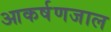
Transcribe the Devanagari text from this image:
आकर्षणजाल